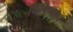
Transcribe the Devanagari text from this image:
किंचिज्ज्ञत्व